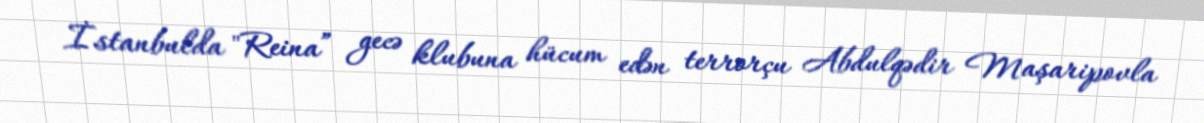
İstanbulda "Reina” gecə klubuna hücum edən terrorçu Abdulqədir Maşaripovla